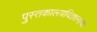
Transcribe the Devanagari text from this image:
पुस्तकालयविज्ञानाचा